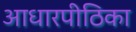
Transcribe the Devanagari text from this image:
आधारपीठिका